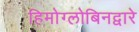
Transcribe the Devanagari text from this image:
हिमोग्लोबिनद्वारे